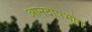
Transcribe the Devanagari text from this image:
आनंदोपभोग